Vaccination in Bombay 1902-1912 - 1902-1912
Year: 1902
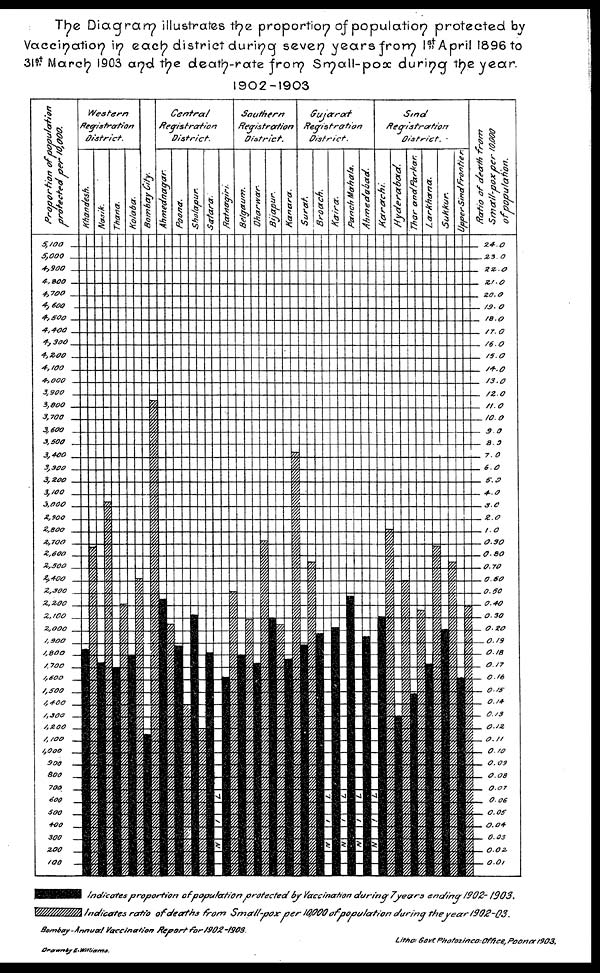
The Diagram illustrates the proportion of population protected by
Vaccination in each district during seven years from 1st„ April 1896 to
31st March 1903 and the death-rate from Small-pox during the year.
1902-1903
Bomoay-Annual
Vaccination
Report
for
1902-1903.
Litho: Govt Photozinco:Office,Poona
1903.